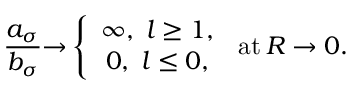
\frac { a _ { \sigma } } { b _ { \sigma } } { \rightarrow } \left\{ \begin{array} { c } { { \infty , \; l \geq 1 , } } \\ { { 0 , \; l \leq 0 , } } \end{array} \right. \, \mathrm { a t } \, R \rightarrow 0 .